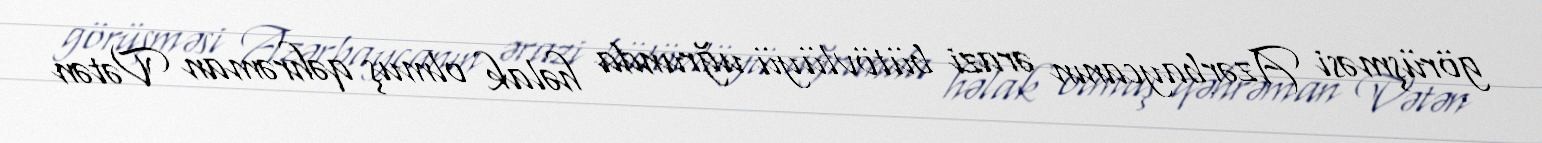
görüşməsi Azərbaycanın ərazi bütövlüyü uğrunda həlak olmuş qəhrəman Vətən